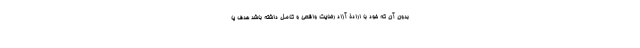
بدون آن که خود با ارادۀ آزاد رضایت واقعی و کامل داشته باشد هدف یا